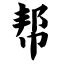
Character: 帮